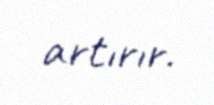
artırır.